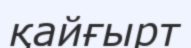
қайғырт